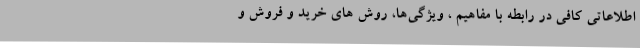
اطلاعاتی کافی در رابطه با مفاهیم ، ویژگی‌ها، روش های خرید و فروش و